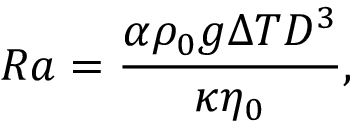
R a = \frac { \alpha \rho _ { 0 } g \Delta T D ^ { 3 } } { \kappa \eta _ { 0 } } ,